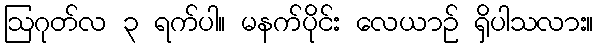
ဩဂုတ်လ ၃ ရက်ပါ။ မနက်ပိုင်း လေယာဉ် ရှိပါသလား။